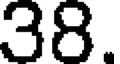
38.